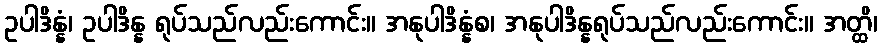
ဥပါဒိန္နံ၊ ဥပါဒိန္န ရုပ်သည်လည်းကောင်း။ အနုပါဒိန္နံစ၊ အနုပါဒိန္နရုပ်သည်လည်းကောင်း။ အတ္ထိ၊